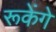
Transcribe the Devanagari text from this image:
रूकेंगे